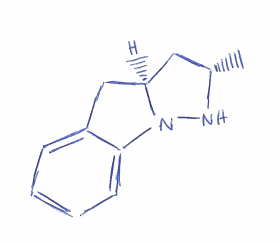
Simplified molecular-input line-entry system (SMILES) notation of the given molecule:
C[C@H]1C[C@@H]2CC3=CC=CC=C3N2N1